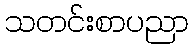
သတင်းစာပညာ